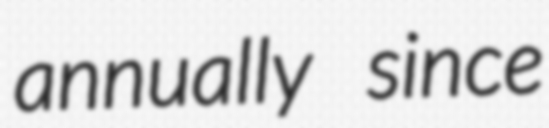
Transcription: annually since